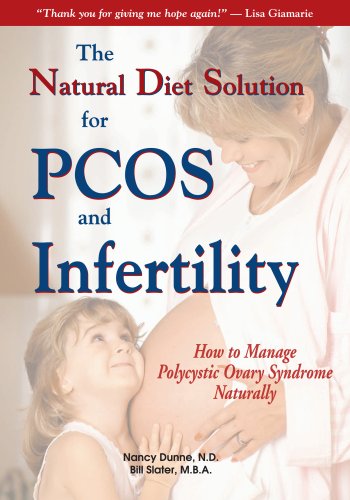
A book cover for The Natural Diet Solution for PCOS and Infertility; N.D. Nancy Dunne; Parenting & Relationships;